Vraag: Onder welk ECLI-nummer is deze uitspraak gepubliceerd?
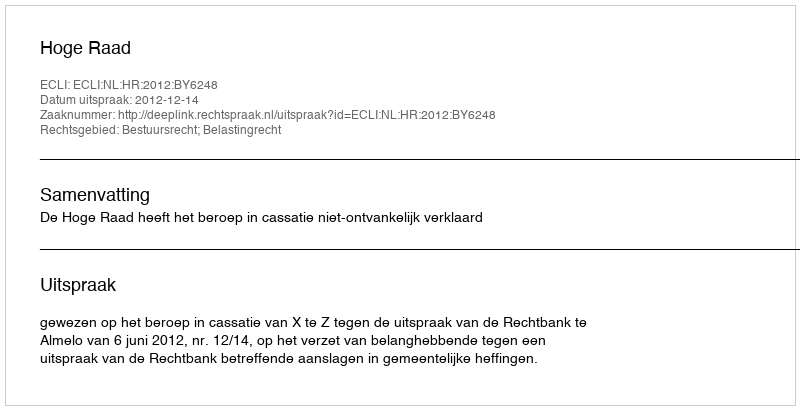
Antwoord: ECLI:NL:HR:2012:BY6248